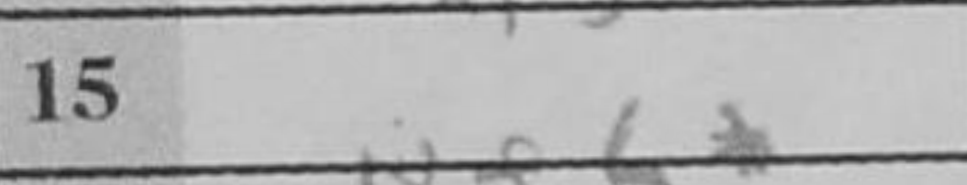
Transcription: Nxf6+